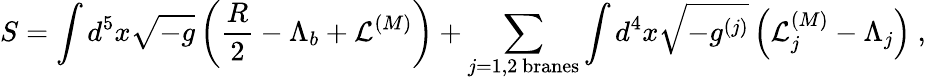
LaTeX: S=\int d^{5}x\sqrt{-g}\left({\frac{R}{2}}-\Lambda_{b}+{\cal L}^{(M)}\right)+\sum_{j=1,2\ \mathrm{branes}}\int d^{4}x\sqrt{-g^{(j)}}\left({\cal L}_{j}^{(M)}-\Lambda_{j}\right)~,